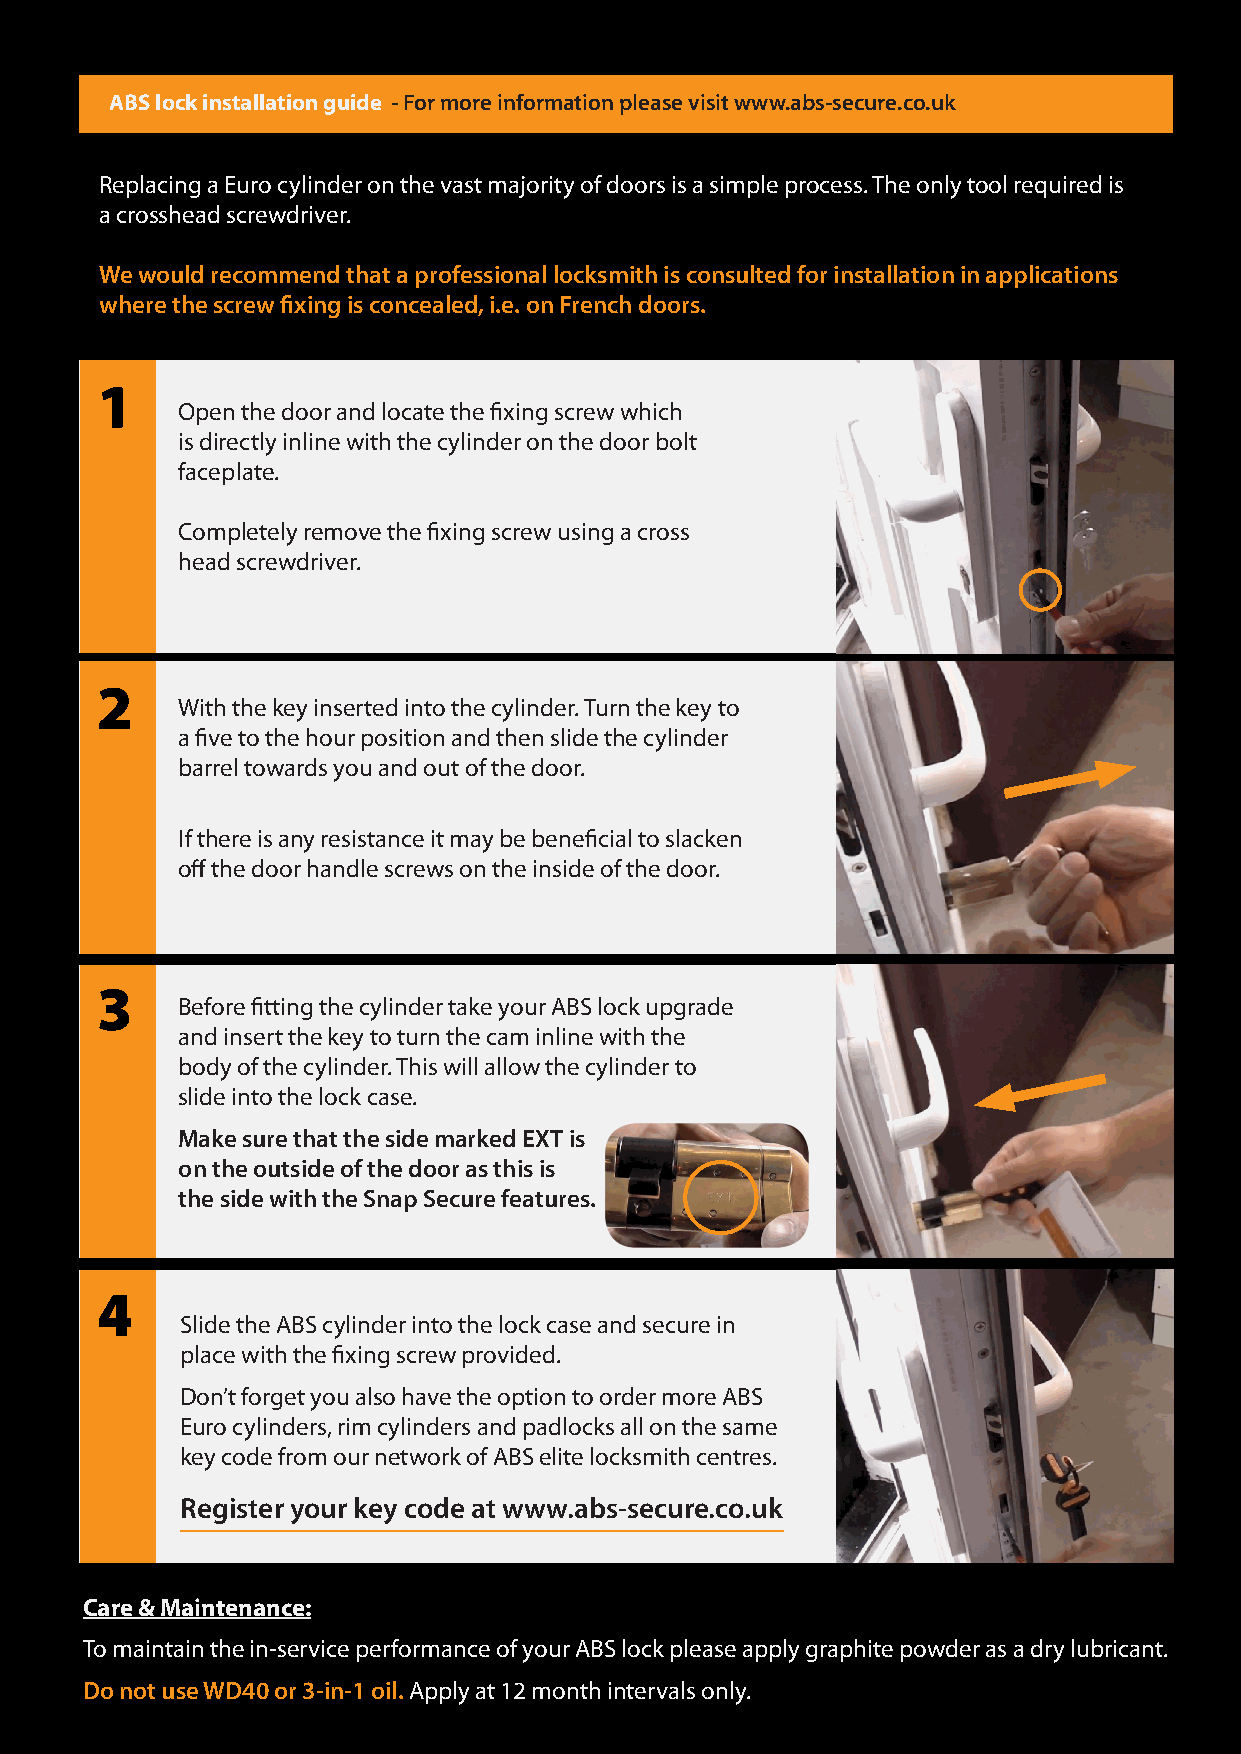
ABS lock installation guide - For more information please visit www.abs-secure.co.uk
 Replacing a Euro cylinder on the vast majority of doors is a simple process. The only tool required is
 a crosshead screwdriver.
 We would recommend that a professional locksmith is consulted for installation in applications
 where the screw fixing is concealed, i.e. on French doors.
 1
 Open the door and locate the fixing screw which
 is directly inline with the cylinder on the door bolt
 faceplate.
 Completely remove the fixing screw using a cross
 head screwdriver.
 2
 With the key inserted into the cylinder. Turn the key to
 a five to the hour position and then slide the cylinder
 barrel towards you and out of the door.
 If there is any resistance it may be beneficial to slacken
 off the door handle screws on the inside of the door.
 3
 Before fitting the cylinder take your ABS lock upgrade
 and insert the key to turn the cam inline with the
 body of the cylinder. This will allow the cylinder to
 slide into the lock case.
 Make sure that the side marked EXT is
 on the outside of the door as this is
 the side with the Snap Secure features.
 4
 Slide the ABS cylinder into the lock case and secure in
 place with the fixing screw provided.
 Don’t forget you also have the option to order more ABS
 Euro cylinders, rim cylinders and padlocks all on the same
 key code from our network of ABS elite locksmith centres.
 Register your key code at www.abs-secure.co.uk
 Care & Maintenance:
 To maintain the in-service performance of your ABS lock please apply graphite powder as a dry lubricant.
 Do not use WD40 or 3-in-1 oil. Apply at 12 month intervals only.